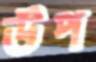
ঊপ